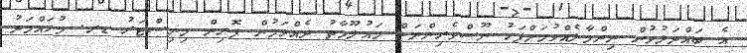
އެ ބައްދަލުވުން ނިންމާލެއްވުމަށްފަހު ނޫސްވެރިންނަށް މައުލޫމާތު ދެއްވަމުން ފޮރިން މިނިސްޓަރު ޑރ. މުހައްމަދު